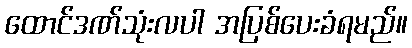
ထောင်ဒဏ်သုံးလပါ အပြစ်ပေးခံရမည်။